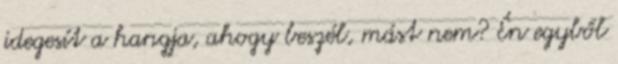
idegesít a hangja, ahogy beszél, mást nem? Én egyből